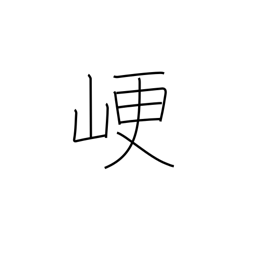
Meaning: obstruct